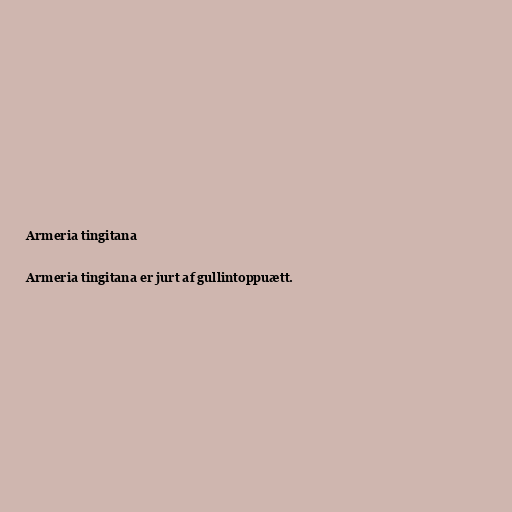
Armeria tingitana

Armeria tingitana er jurt af gullintoppuætt.